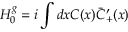
H _ { 0 } ^ { g } = i \int d x C ( x ) \bar { C } _ { + } ^ { \prime } ( x )